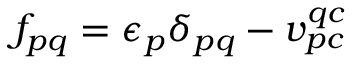
f _ { p q } = \epsilon _ { p } \delta _ { p q } - v _ { p c } ^ { q c }